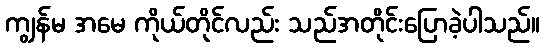
ကျွန်မ အမေ ကိုယ်တိုင်လည်း သည်အတိုင်းပြောခဲ့ပါသည်။